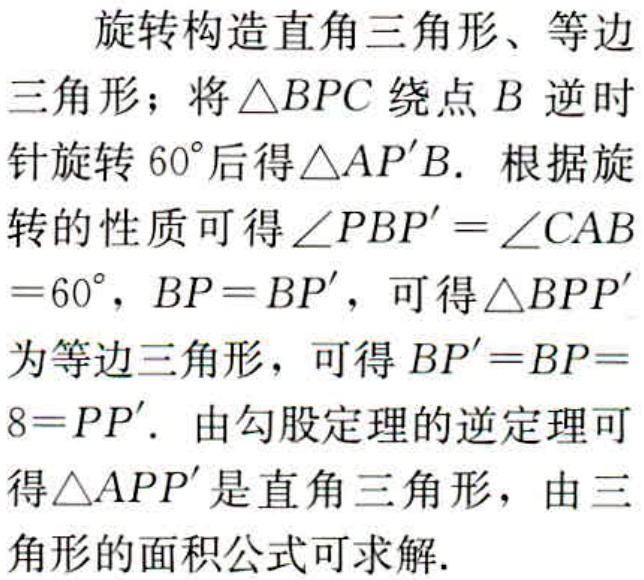
旋转构造直角三角形、等边
三角形；将\(\triangle BPC\)绕点\(B\)逆时
针旋转\(60^{\circ}\)后得\(\triangle AP'B\). 根据旋
转的性质可得\(\angle PBP' = \angle CAB\)
\(=60^{\circ}\)，\(BP = BP'\)，可得\(\triangle BPP'\)
为等边三角形，可得\(BP'=BP=\)
\(8 = PP'\). 由勾股定理的逆定理可
得\(\triangle APP'\)是直角三角形，由三
角形的面积公式可求解.